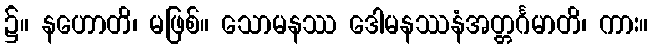
၌။ နဟောတိ၊ မဖြစ်။ သောမနဿ ဒေါမနဿနံအတ္တင်္ဂမာတိ၊ ကား။